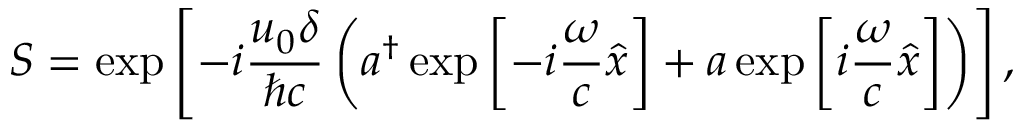
S = \exp \left[ - i \frac { u _ { 0 } \delta } { \hbar c } \left( a ^ { \dagger } \exp \left[ - i \frac { \omega } { c } \widehat { x } \right] + a \exp \left[ i \frac { \omega } { c } \widehat { x } \right] \right) \right] ,